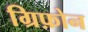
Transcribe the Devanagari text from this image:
ग्रिफ़ोन